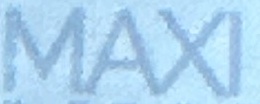
MAXI